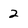
Character: 2